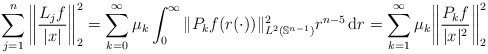
\begin{align*}\sum_{j=1}^n \bigg\|\frac{L_j f}{|x|} \bigg\|_{2}^2 & = \sum_{k=0}^\infty \mu_k \int_0^\infty \|P_k f(r(\cdot))\|_{L^2(\mathbb{S}^{n-1})}^2 r^{n-5} \, \mathrm{d}r = \sum_{k=1}^\infty \mu_k \bigg\|\frac{P_k f}{|x|^2}\bigg\|_{2}^2\end{align*}